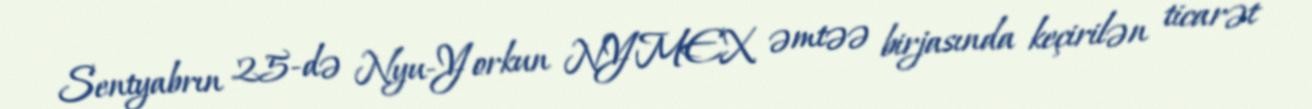
Sentyabrın 25-də Nyu-Yorkun NYMEX əmtəə birjasında keçirilən ticarət